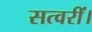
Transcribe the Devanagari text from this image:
सत्वरीं।